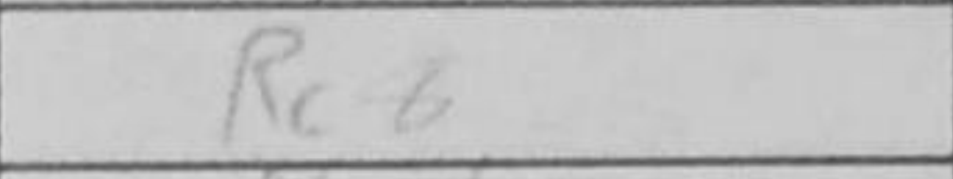
Transcription: Rc8